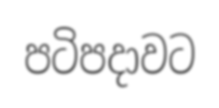
පටිපදාවට